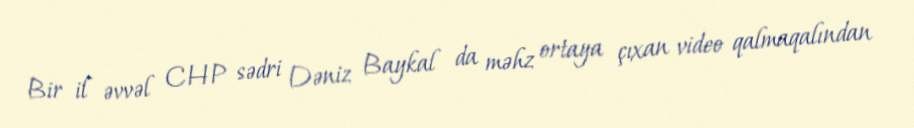
Bir il əvvəl CHP sədri Dəniz Baykal da məhz ortaya çıxan video qalmaqalından